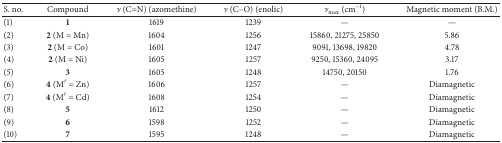
<table><thead><tr><td><b>S. no.</b></td><td><b>Compound</b></td><td><b><i>ν</i> (C=N) (azomethine)</b></td><td><b><i>ν</i> (C–O) (enolic)</b></td><td><b><i>ν</i><sub>max⁡</sub> (cm<sup>−1</sup>)</b></td><td><b>Magnetic moment (B.M.)</b></td></tr></thead><tbody><tr><td>(1)</td><td><b>1</b></td><td>1619</td><td>1239</td><td>—</td><td>—</td></tr><tr><td>(2)</td><td><b>2</b> (M = Mn)</td><td>1604</td><td>1256</td><td>15860, 21275, 25850</td><td>5.86</td></tr><tr><td>(3)</td><td><b>2</b> (M = Co)</td><td>1601</td><td>1247</td><td>9091, 13698, 19820</td><td>4.78</td></tr><tr><td>(4)</td><td><b>2</b> (M = Ni)</td><td>1605</td><td>1257</td><td>9250, 15360, 24095</td><td>3.17</td></tr><tr><td>(5)</td><td><b>3 </b></td><td>1605</td><td>1248</td><td>14750, 20150 </td><td>1.76</td></tr><tr><td>(6)</td><td><b>4</b> (M′ = Zn)</td><td>1606</td><td>1257</td><td>—</td><td>Diamagnetic</td></tr><tr><td>(7)</td><td><b>4</b> (M′ = Cd)</td><td>1608</td><td>1254</td><td>—</td><td>Diamagnetic</td></tr><tr><td>(8)</td><td><b>5</b></td><td>1612</td><td>1250</td><td>—</td><td>Diamagnetic</td></tr><tr><td>(9)</td><td><b>6</b></td><td>1598</td><td>1252</td><td>—</td><td>Diamagnetic</td></tr><tr><td>(10)</td><td><b>7</b></td><td>1595</td><td>1248</td><td>—</td><td>Diamagnetic</td></tr></tbody></table>